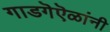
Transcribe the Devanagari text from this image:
गाडगॆऎळांनी